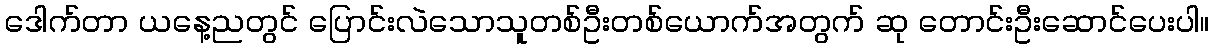
ဒေါက်တာ ယနေ့ညတွင် ပြောင်းလဲသောသူတစ်ဦးတစ်ယောက်အတွက် ဆု တောင်းဦးဆောင်ပေးပါ။